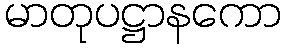
မာတုပဋ္ဌာနကော